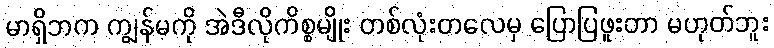
မာရှိဘက ကျွန်မကို အဲဒီလိုကိစ္စမျိုး တစ်လုံးတလေမှ ပြောပြဖူးတာ မဟုတ်ဘူး